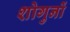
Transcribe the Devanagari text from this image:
शोगुनों